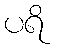
ပရိ